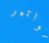
فواتير